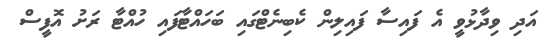
އަދި ވިދާޅުވީ އެ ފައިސާ ފައިލިން ކެބިނެޓްގައި ބަހައްޓާފައި ހުއްޓާ ރަށު އޮފީސް